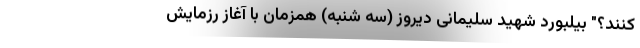
کنند؟" بیلبورد شهید سلیمانی دیروز (سه شنبه) همزمان با آغاز رزمایش